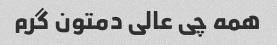
همه چی عالی دمتون گرم